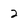
Character: 2